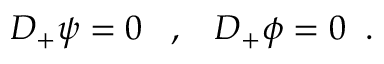
D _ { + } \psi = 0 \; \; \; , \; \; \; D _ { + } \phi = 0 \; \; .